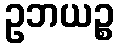
ဥဘယဉ္စ